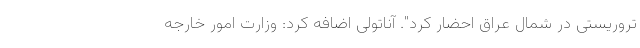
تروریستی در شمال عراق احضار کرد". آناتولی اضافه کرد: وزارت امور خارجه